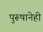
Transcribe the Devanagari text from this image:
पुरूषानेही